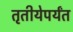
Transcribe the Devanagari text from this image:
तृतीयेपर्यंत